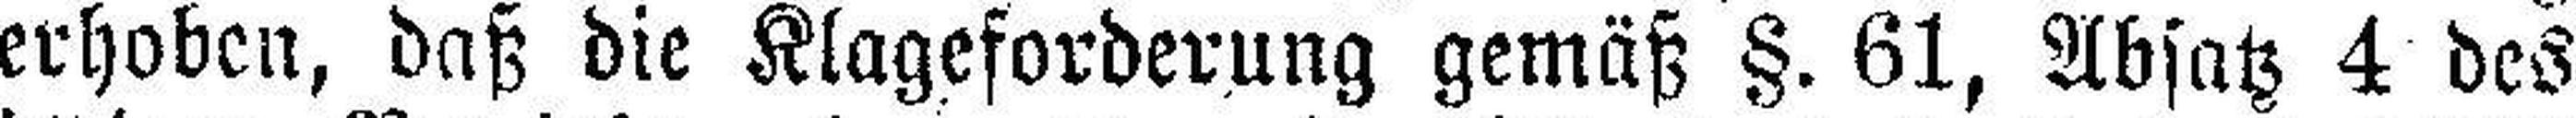
erhoben, daß die Klageforderung gemäß §. 61, Absatz 4 des